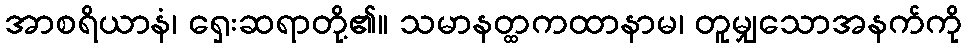
အာစရိယာနံ၊ ရှေးဆရာတို့၏။ သမာနတ္ထကထာနာမ၊ တူမျှသောအနက်ကို